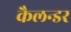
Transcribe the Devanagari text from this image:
कैलन्डर